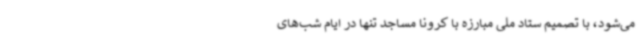
می‌شود، با تصمیم ستاد ملی مبارزه با کرونا مساجد تنها در ایام شب‌های